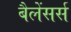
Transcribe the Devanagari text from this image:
बैलेंसर्स